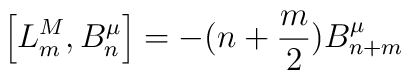
\left [L^M_m,B_n^{\mu} \right ]=-(n+\frac{m}{2})B^{\mu}_{n+m}